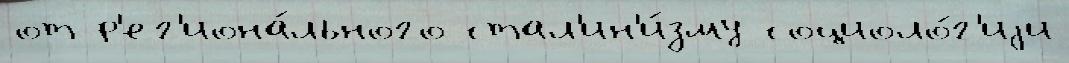
от р'ег'иона́льного стал'ин'и́зму социоло́г'иjи